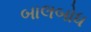
બાલબોધ